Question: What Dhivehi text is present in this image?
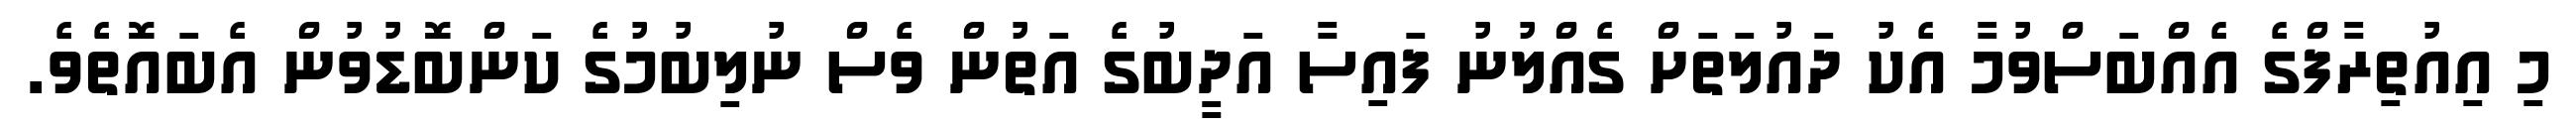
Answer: މި އިއުތިރާފްގެ އެއްބަސްވުމާ އެކު ދައުލަތަށް ގެއްލުނު ފައިސާ އަދީބުގެ އަތުން ވެސް ނުލިބުމުގެ ކަންބޮޑުވުން އެބައޮތެވެ.